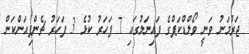
ޖަރުމަނު ވަނީ ވޯލްޑްކަޕްގެ ފައިނަލުގައި 7 ފަހަރު ކުޅެ 3 ފަހަރު ޗެންޕިއަންކަން